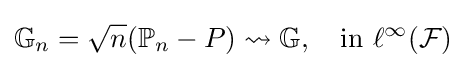
\mathbb {G} _{n}={\sqrt {n}}(\mathbb {P} _{n}-P)\rightsquigarrow \mathbb {G} ,\quad {\text{in }}\ell ^{\infty }({\mathcal {F}})